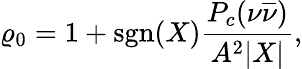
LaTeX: \varrho_{0}=1+\mathrm{sgn}(X)\frac{P_{c}(\nu\overline{{{\nu}}})}{A^{2}|X|},